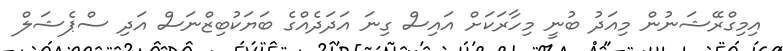
އިމިގްރޭޝަނުން މިއަދު ބުނީ މިހާރަކަށް އައިސް ގިނަ އަދަދެއްގެ ބަޔަކުބިޒްނަސް އަދި ސްޕެޝަލް